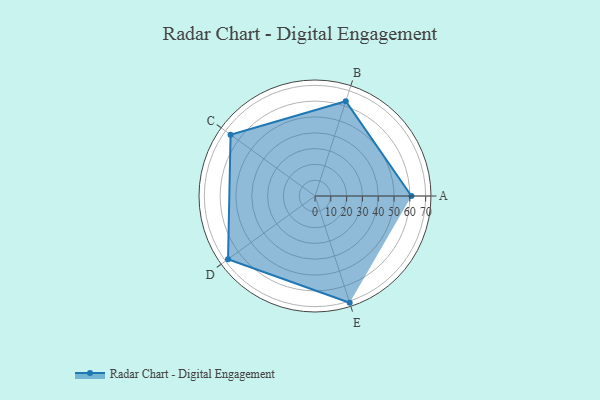
{"axis": {"x": "Skill", "y": "Score"}, "legend": ["Profile"], "data": [{"x": "A", "y": 61.0, "type": "Profile"}, {"x": "B", "y": 63.0, "type": "Profile"}, {"x": "C", "y": 66.0, "type": "Profile"}, {"x": "D", "y": 68.0, "type": "Profile"}, {"x": "E", "y": 71.0, "type": "Profile"}]}